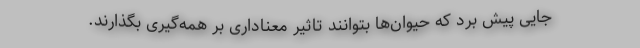
جایی پیش برد که حیوان‌ها بتوانند تاثیر معناداری بر همه‌گیری بگذارند.